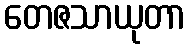
တေဇသာယုတာ